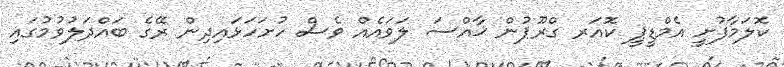
ކޮލަމާފުށީ އެމްޑީޕީ ކޮއަރ ގްރޫޕުން ޚާއްސަ ލަވައެއް ވެސް ހުށަހަޅައިދިން ރޭގެ ބައްދަލުވުމުގައި